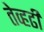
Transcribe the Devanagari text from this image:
तेव्हढी